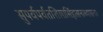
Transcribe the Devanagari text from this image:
सुपर्वपर्वतशिलासिंहासनाध्यासनाः